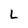
Character: L